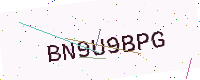
Text: BN9U9BPG